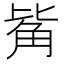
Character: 𧣅